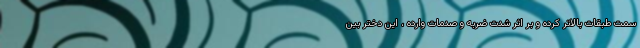
سمت طبقات بالاتر کرده و بر اثر شدت ضربه و صدمات وارده ، این دختر بین